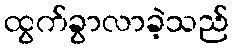
ထွက်ခွာလာခဲ့သည်